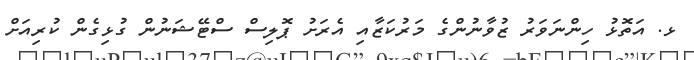
ޅ. އަތޮޅު ހިންނަވަރު ޒުވާނުންގެ މަރުކަޒާއި އެރަށު ޕޮލިސް ސްޓޭޝަނުން ގުޅިގެން ކުރިއަށް